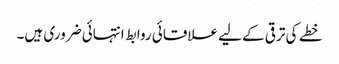
خطے کی ترقی کے لیے علاقائی روابط انتہائی ضروری ہیں۔